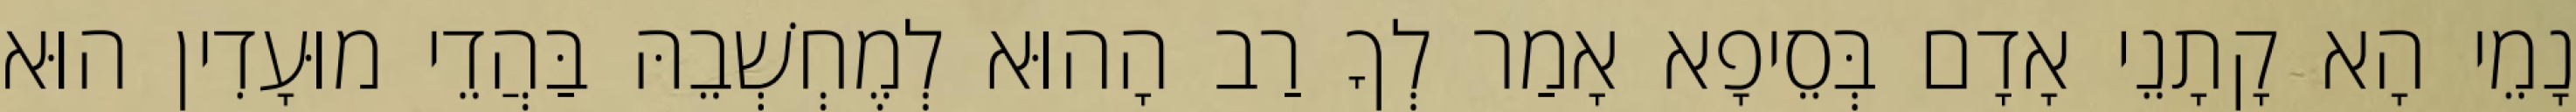
נָמֵי הָא קָתָנֵי אָדָם בְּסֵיפָא אָמַר לְךָ רַב הָהוּא לְמֶחְשְׁבֵהּ בַּהֲדֵי מוּעָדִין הוּא